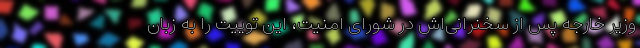
وزیر خارجه پس از سخنرانی‌اش در شورای امنیت، این توییت را به زبان